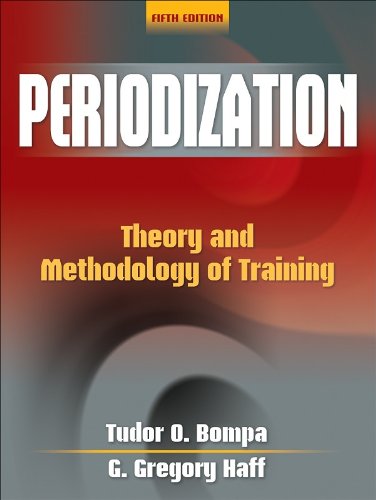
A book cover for Periodization-5th Edition: Theory and Methodology of Training; Tudor Bompa; Health, Fitness & Dieting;